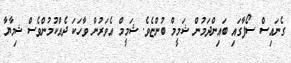
ގެނައިސް ސޯފާގައި ބައިންދަމުން ޝަމީމް ބުންޏެވެ. ޝަމީމް އެވަރުން ވާހަކަ ދެއްކުމުންވެސް ޝިމާޔާ